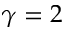
\gamma = 2